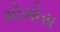
મોમોસ